Indian journal of veterinary science and animal husbandry - Volumes 18-21, 1948-1951
Year: 1948
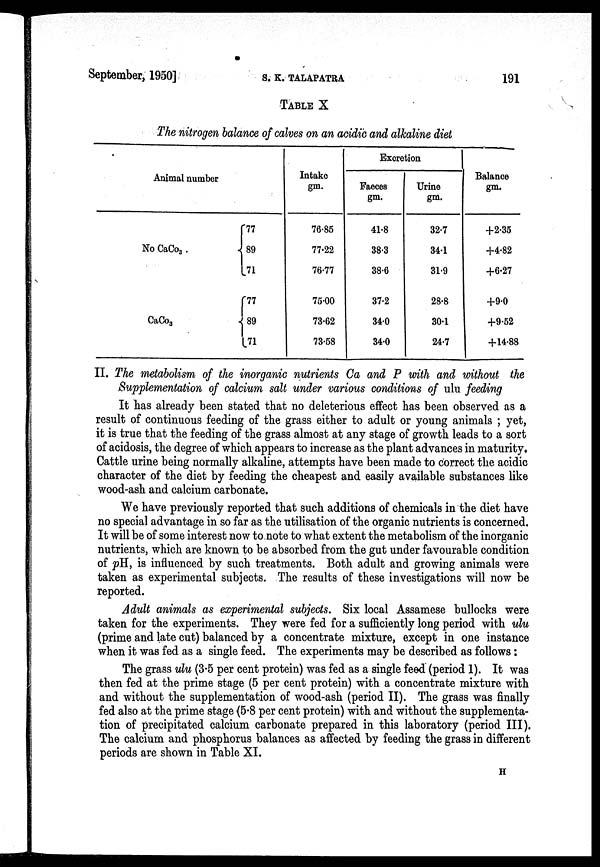
September, 1950]
S.
K.
TALAPATRA
191
TABLE X
The nitrogen balance of calves on an acidic and alkaline diet
Animal number
No CaCo 3
CaCo 3
77
89
71
77
89
71
Intake
gm.
76.85
77.22
76.77
75.00
73.62
73.58
Excretion
Faeces
gm.
41.8
38.3
38.6
37.2
34.0
34.0
Urine
gm.
32.7
34.1
31.9
28.8
30.1
24.7
Balance
gm.
+2.35
+4.82
+6.27
+9.0
+9.52
+14.88
II. The metabolism of the inorganic nutrients Ca and P with and without the
Supplementation of calcium salt under various conditions of ulu feeding
It has already been stated that no deleterious effect has been observed as a
result of continuous feeding of the grass either to adult or young animals ; yet,
it is true that the feeding of the grass almost at any stage of growth leads to a sort
of acidosis, the degree of which appears to increase as the plant advances in maturity.
Cattle urine being normally alkaline, attempts have been made to correct the acidic
character of the diet by feeding the cheapest and easily available substances like
wood-ash and calcium carbonate.
We have previously reported that such additions of chemicals in the diet have
no special advantage in so far as the utilisation of the organic nutrients is concerned.
It will be of some interest now to note to what extent the metabolism of the inorganic
nutrients, which are known to be absorbed from the gut under favourable condition
of pH, is influenced by such treatments. Both adult and growing animals were
taken as experimental subjects. The results of these investigations will now be
reported.
Adult animals as experimental subjects. Six local Assamese bullocks were
taken for the experiments. They were fed for a sufficiently long period with ulu
(prime and late cut) balanced by a concentrate mixture, except in one instance
when it was fed as a single feed. The experiments may be described as follows :
The grass ulu (3.5 per cent protein) was fed as a single feed (period 1). It was
then fed at the prime stage (5 per cent protein) with a concentrate mixture with
and without the supplementation of wood-ash (period II). The grass was finally
fed also at the prime stage (5.8 per cent protein) with and without the supplementa-
tion of precipitated calcium carbonate prepared in this laboratory (period III).
The calcium and phosphorus balances as affected by feeding the grass in different
periods are shown in Table XI.
H